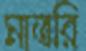
মাতরি